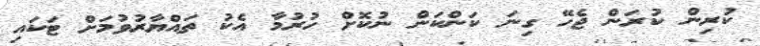
ކުރިން ކުރަން ޖެހޭ ގިނަ ކަންކަން ނުކޮށް ހުރުމާ އެކު ތައްޔާރުވުމަށް ޓަކައި